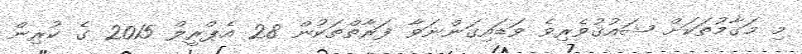
މި މަގާމުތަކަށް ޝައުޤުވެރިވެ ވަޑައިގަންނަވާ ފަރާތްތަކުން 28 އެޕްރީލް 2015 ގެ ކުރިން